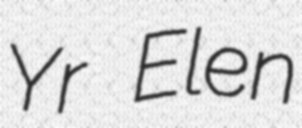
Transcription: Yr Elen